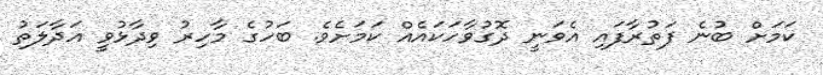
ކަމަށް ބުނެ ފަތުރާފައި އެވަނީ ދޮގުވާހަކައެއް ކަމަށެވެ. ބަހުގެ މާހިރު ވިދާޅުވީ އަދާލަތު